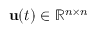
\mathbf { u } ( t ) \in \mathbb { R } ^ { n \times n }